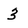
Character: 3